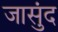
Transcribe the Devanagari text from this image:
जासुंद